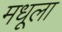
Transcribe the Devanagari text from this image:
मधूला